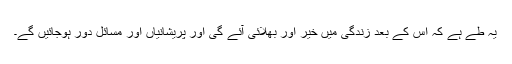
یہ طے ہے کہ اس کے بعد زندگی میں خیر اور بھلائی آئے گی اور پریشانیاں اور مسائل دور ہوجائیں گے۔